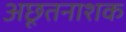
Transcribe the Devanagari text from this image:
अछूतनाशक